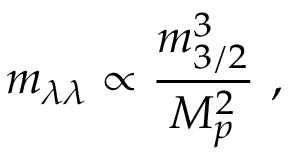
m _ { \lambda \lambda } \propto { \frac { m _ { 3 / 2 } ^ { 3 } } { M _ { p } ^ { 2 } } } \ ,